Notes on vaccination in the North-West Frontier Province 1923-1928 - 1923-1928
Year: 1923
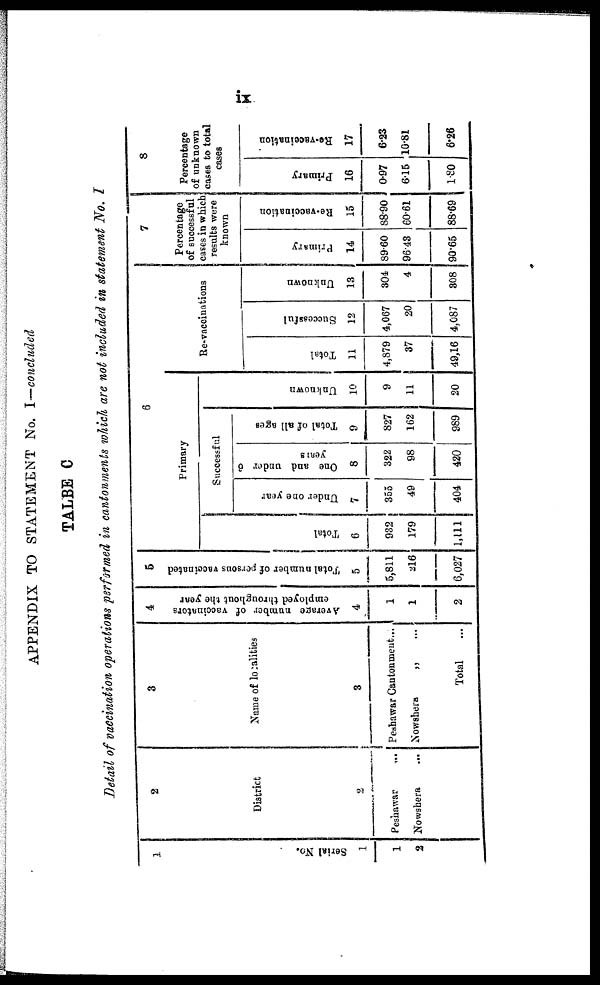
ix
APPENDIX TO STATEMENT No. I—concluded
TALBE C
Detail of vaccination operations performed in cantonments which are not included in statement No. I
1
Serial No.
1
1
2
2
District
2
Peshawar
...
Nowshera
...
3
Name of localities
3
Peshawar Cantonment...
Nowshera
„ ...
Total ...
4
Average number of vaccinators
employed throughout the year
4
1
1
2
5
Total number of persons vaccinated
5
5,811
216
6,027
6
Primary
Total
6
932
179
1,111
Successful
Under one year
7
355
49
404
One and under 6
years
8
322
98
420
Total of all ages
9
827
162
989
Unknown
10
9
11
20
Re-vaccinations
Total
11
4,879
37
49,16
Successful
12
4,067
20
4,087
Unknown
13
304
4
308
7
Percentage
of successful
cases in which
results were
known
Primary
14
89.60
96.43
90.65
Re-vaccination
15
88.90
60.61
88.69
8
Percentage
of unknown
cases to total
cases
Primary
16
0.97
6.15
1.80
Re-vaccination
17
6.23
10.81
6.26